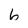
Character: 6